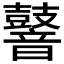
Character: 𪔧